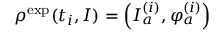
\rho ^ { \mathrm { e x p } } ( t _ { i } , I ) = \left( I _ { a } ^ { ( i ) } , \varphi _ { a } ^ { ( i ) } \right)